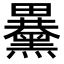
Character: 𪒕